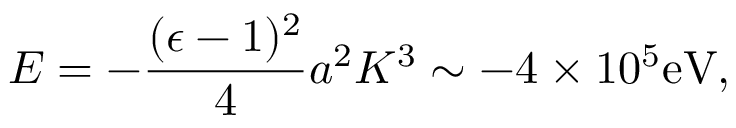
E = - { \frac { ( \epsilon - 1 ) ^ { 2 } } { 4 } } a ^ { 2 } K ^ { 3 } \sim - 4 \times 1 0 ^ { 5 } \mathrm { e V } ,